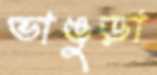
ভাঙুড়া